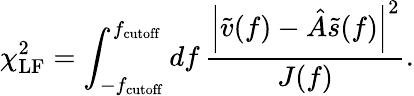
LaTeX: \chi_{\mathrm{LF}}^{2}=\int_{-f_{\mathrm{cutoff}}}^{f_{\mathrm{cutoff}}}\mathop{df}\frac{\left|\tilde{v}(f)-\hat{A}\tilde{s}(f)\right|^{2}}{J(f)}.